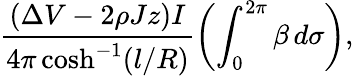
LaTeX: \frac{(\Delta V-2\rho Jz)I}{4\pi\cosh^{-1}(l/R)}\left(\int_{0}^{2\pi}\beta\, d\sigma\right),